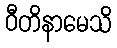
ဝီတိနာမေသိ